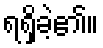
ရရှိခဲ့၏။